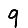
Digit: 9